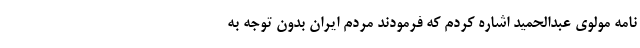
نامه مولوی عبدالحمید اشاره کردم که فرمودند مردم ایران بدون توجه به